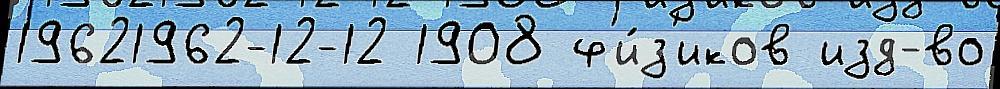
19621962-12-12 1908 ф'и́з'иков изд-во